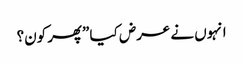
انہوں نے عرض کیا ”پھر کون؟